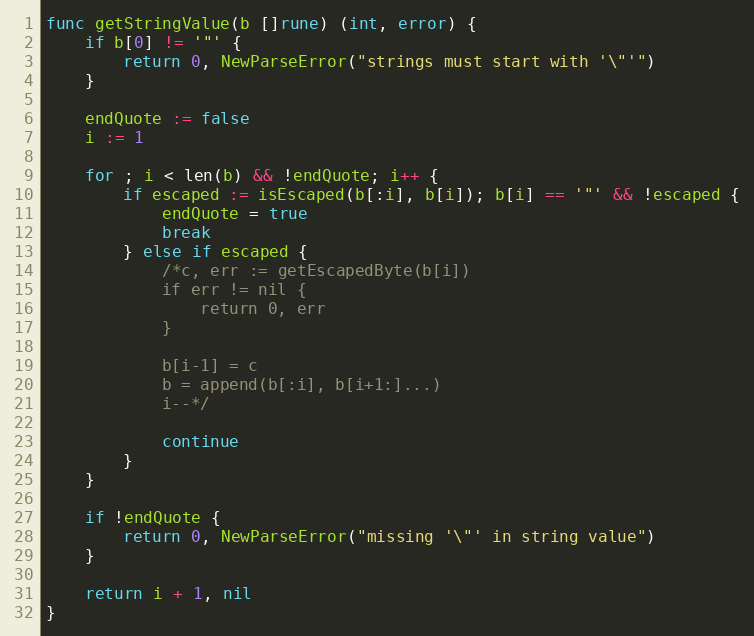
Language: Go
func getStringValue(b []rune) (int, error) {
	if b[0] != '"' {
		return 0, NewParseError("strings must start with '\"'")
	}

	endQuote := false
	i := 1

	for ; i < len(b) && !endQuote; i++ {
		if escaped := isEscaped(b[:i], b[i]); b[i] == '"' && !escaped {
			endQuote = true
			break
		} else if escaped {
			/*c, err := getEscapedByte(b[i])
			if err != nil {
				return 0, err
			}

			b[i-1] = c
			b = append(b[:i], b[i+1:]...)
			i--*/

			continue
		}
	}

	if !endQuote {
		return 0, NewParseError("missing '\"' in string value")
	}

	return i + 1, nil
}